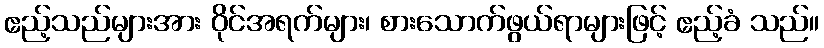
ဧည့်သည်များအား ဝိုင်အရက်များ၊ စားသောက်ဖွယ်ရာများဖြင့် ဧည့်ခံ သည်။